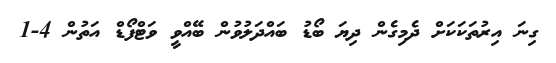
ގިނަ އިރުތަކަކަށް ދެމިގެން ދިޔަ ބޯޑު ބައްދަލުވުން ބޭއްވީ ވަޓްފޯޑް އަތުން 4-1